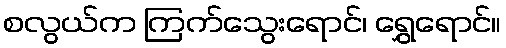
စလွယ်က ကြက်သွေးရောင်၊ ရွှေရောင်။